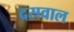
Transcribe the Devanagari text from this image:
दसवाल